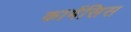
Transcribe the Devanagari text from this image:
कामेंसिस